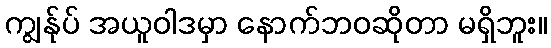
ကျွန်ုပ် အယူဝါဒမှာ နောက်ဘဝဆိုတာ မရှိဘူး။